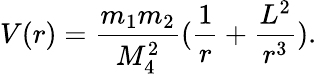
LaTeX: V(r)=\frac{m_{1}m_{2}}{M_{4}^{2}}(\frac{1}{r}+\frac{L^{2}}{r^{3}}).